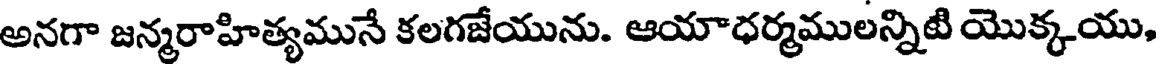
అనగా జన్మరాహిత్యమునే కలగజేయును. ఆయాధర్మములన్నిటి యొక్కయు,